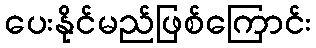
ပေးနိုင်မည်ဖြစ်ကြောင်း